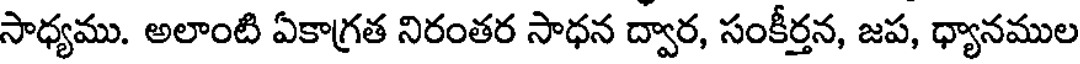
సాధ్యము. అలాంటి ఏకాగ్రత నిరంతర సాధన ద్వార, సంకీర్తన, జప, ధ్యానముల